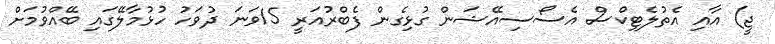
ޖީ) އާއި އެތުލެޓިކްސް އެސޯސިއޭޝަން ގުޅިގެން ފެބްރުއަރީ 15ވަނަ ދުވަހު ހުޅުމާލޭގައި ބޭއްވުމަށް